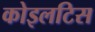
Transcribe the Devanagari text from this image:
कोइलटिस